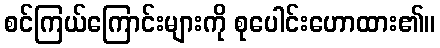
စင်ကြယ်ကြောင်းများကို စုပေါင်းဟောထား၏။